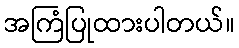
အကြံပြုထားပါတယ်။